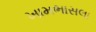
ખામભાસલા